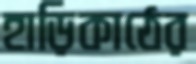
হাড়িকাঠের